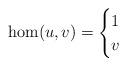
LaTeX: \begin{align*} \hom(u,v)= \begin{cases} 1 & \\ v & \end{cases} \end{align*}